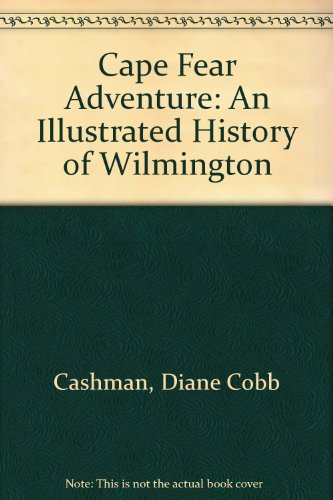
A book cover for Cape Fear Adventure: An Illustrated History of Wilmington; Diane Cobb Cashman; Travel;